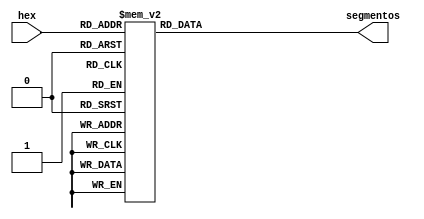
// Conversor HEX a 7 segmentos

module Hex_7segmentos(
	input [4:0] hex,
	output reg [6:0] segmentos //MSB = a  ; LSB = g
);

always@(hex)	begin
	case(hex)
		5'b00000: segmentos <= 7'b1111110; // 0
		5'b00001: segmentos <= 7'b0110000; // 1
		5'b00010: segmentos <= 7'b1101101; // 2
		5'b00011: segmentos <= 7'b1111001; // 3
		5'b00100: segmentos <= 7'b0110011; // 4
		5'b00101: segmentos <= 7'b1011011; // 5 
		5'b00110: segmentos <= 7'b1011111; // 6
		5'b00111: segmentos <= 7'b1110000; // 7 
		5'b01000: segmentos <= 7'b1111111; // 8 
		5'b01001: segmentos <= 7'b1111011; // 9
		5'b01010: segmentos <= 7'b1110111; // A
		5'b01011: segmentos <= 7'b0011111; // B
		5'b01100: segmentos <= 7'b1001110; // C 
		5'b01101: segmentos <= 7'b0111101; // D 
		5'b01110: segmentos <= 7'b1001111; // E 
		5'b01111: segmentos <= 7'b1000111; // F
		5'b10000: segmentos <= 7'b0000000; // d'16 (blanco)
		5'b10001: segmentos <= 7'b0000001; // d'17 (guion)
		default: segmentos <= 7'b0000000;  //
	endcase
	
end

endmodule